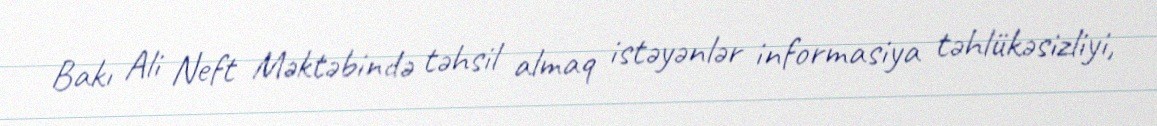
Bakı Ali Neft Məktəbində təhsil almaq istəyənlər informasiya təhlükəsizliyi,